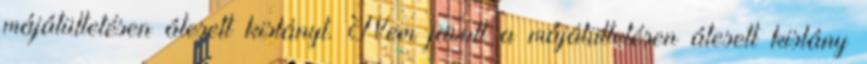
májátültetésen átesett kislányt. Nem javult a májátültetésen átesett kislány